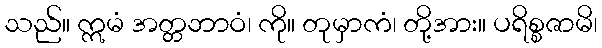
သည်။ ဣမံ အတ္တဘာဝံ၊ ကို။ တုမှာကံ၊ တို့အား။ ပရိစ္စဇာမိ၊